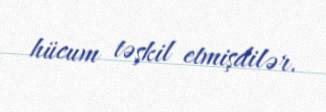
hücum təşkil etmişdilər.